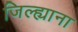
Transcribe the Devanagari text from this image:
जिल्ह्याना